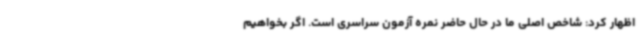
اظهار کرد: شاخص اصلی ما در حال حاضر نمره آزمون سراسری است. اگر بخواهیم